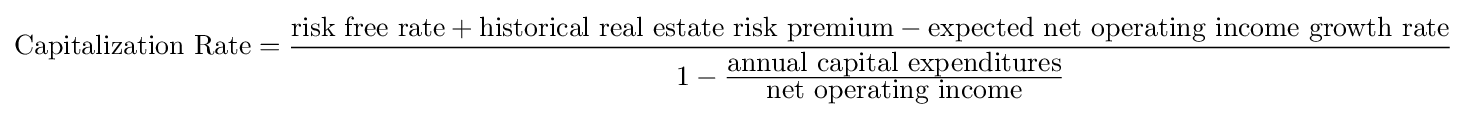
{\mbox{Capitalization Rate}}={\frac {{\mbox{risk free rate}}+{\mbox{historical real estate risk premium}}-{\mbox{expected net operating income growth rate}}}{1-{\frac {\mbox{annual capital expenditures}}{\mbox{net operating income}}}}}